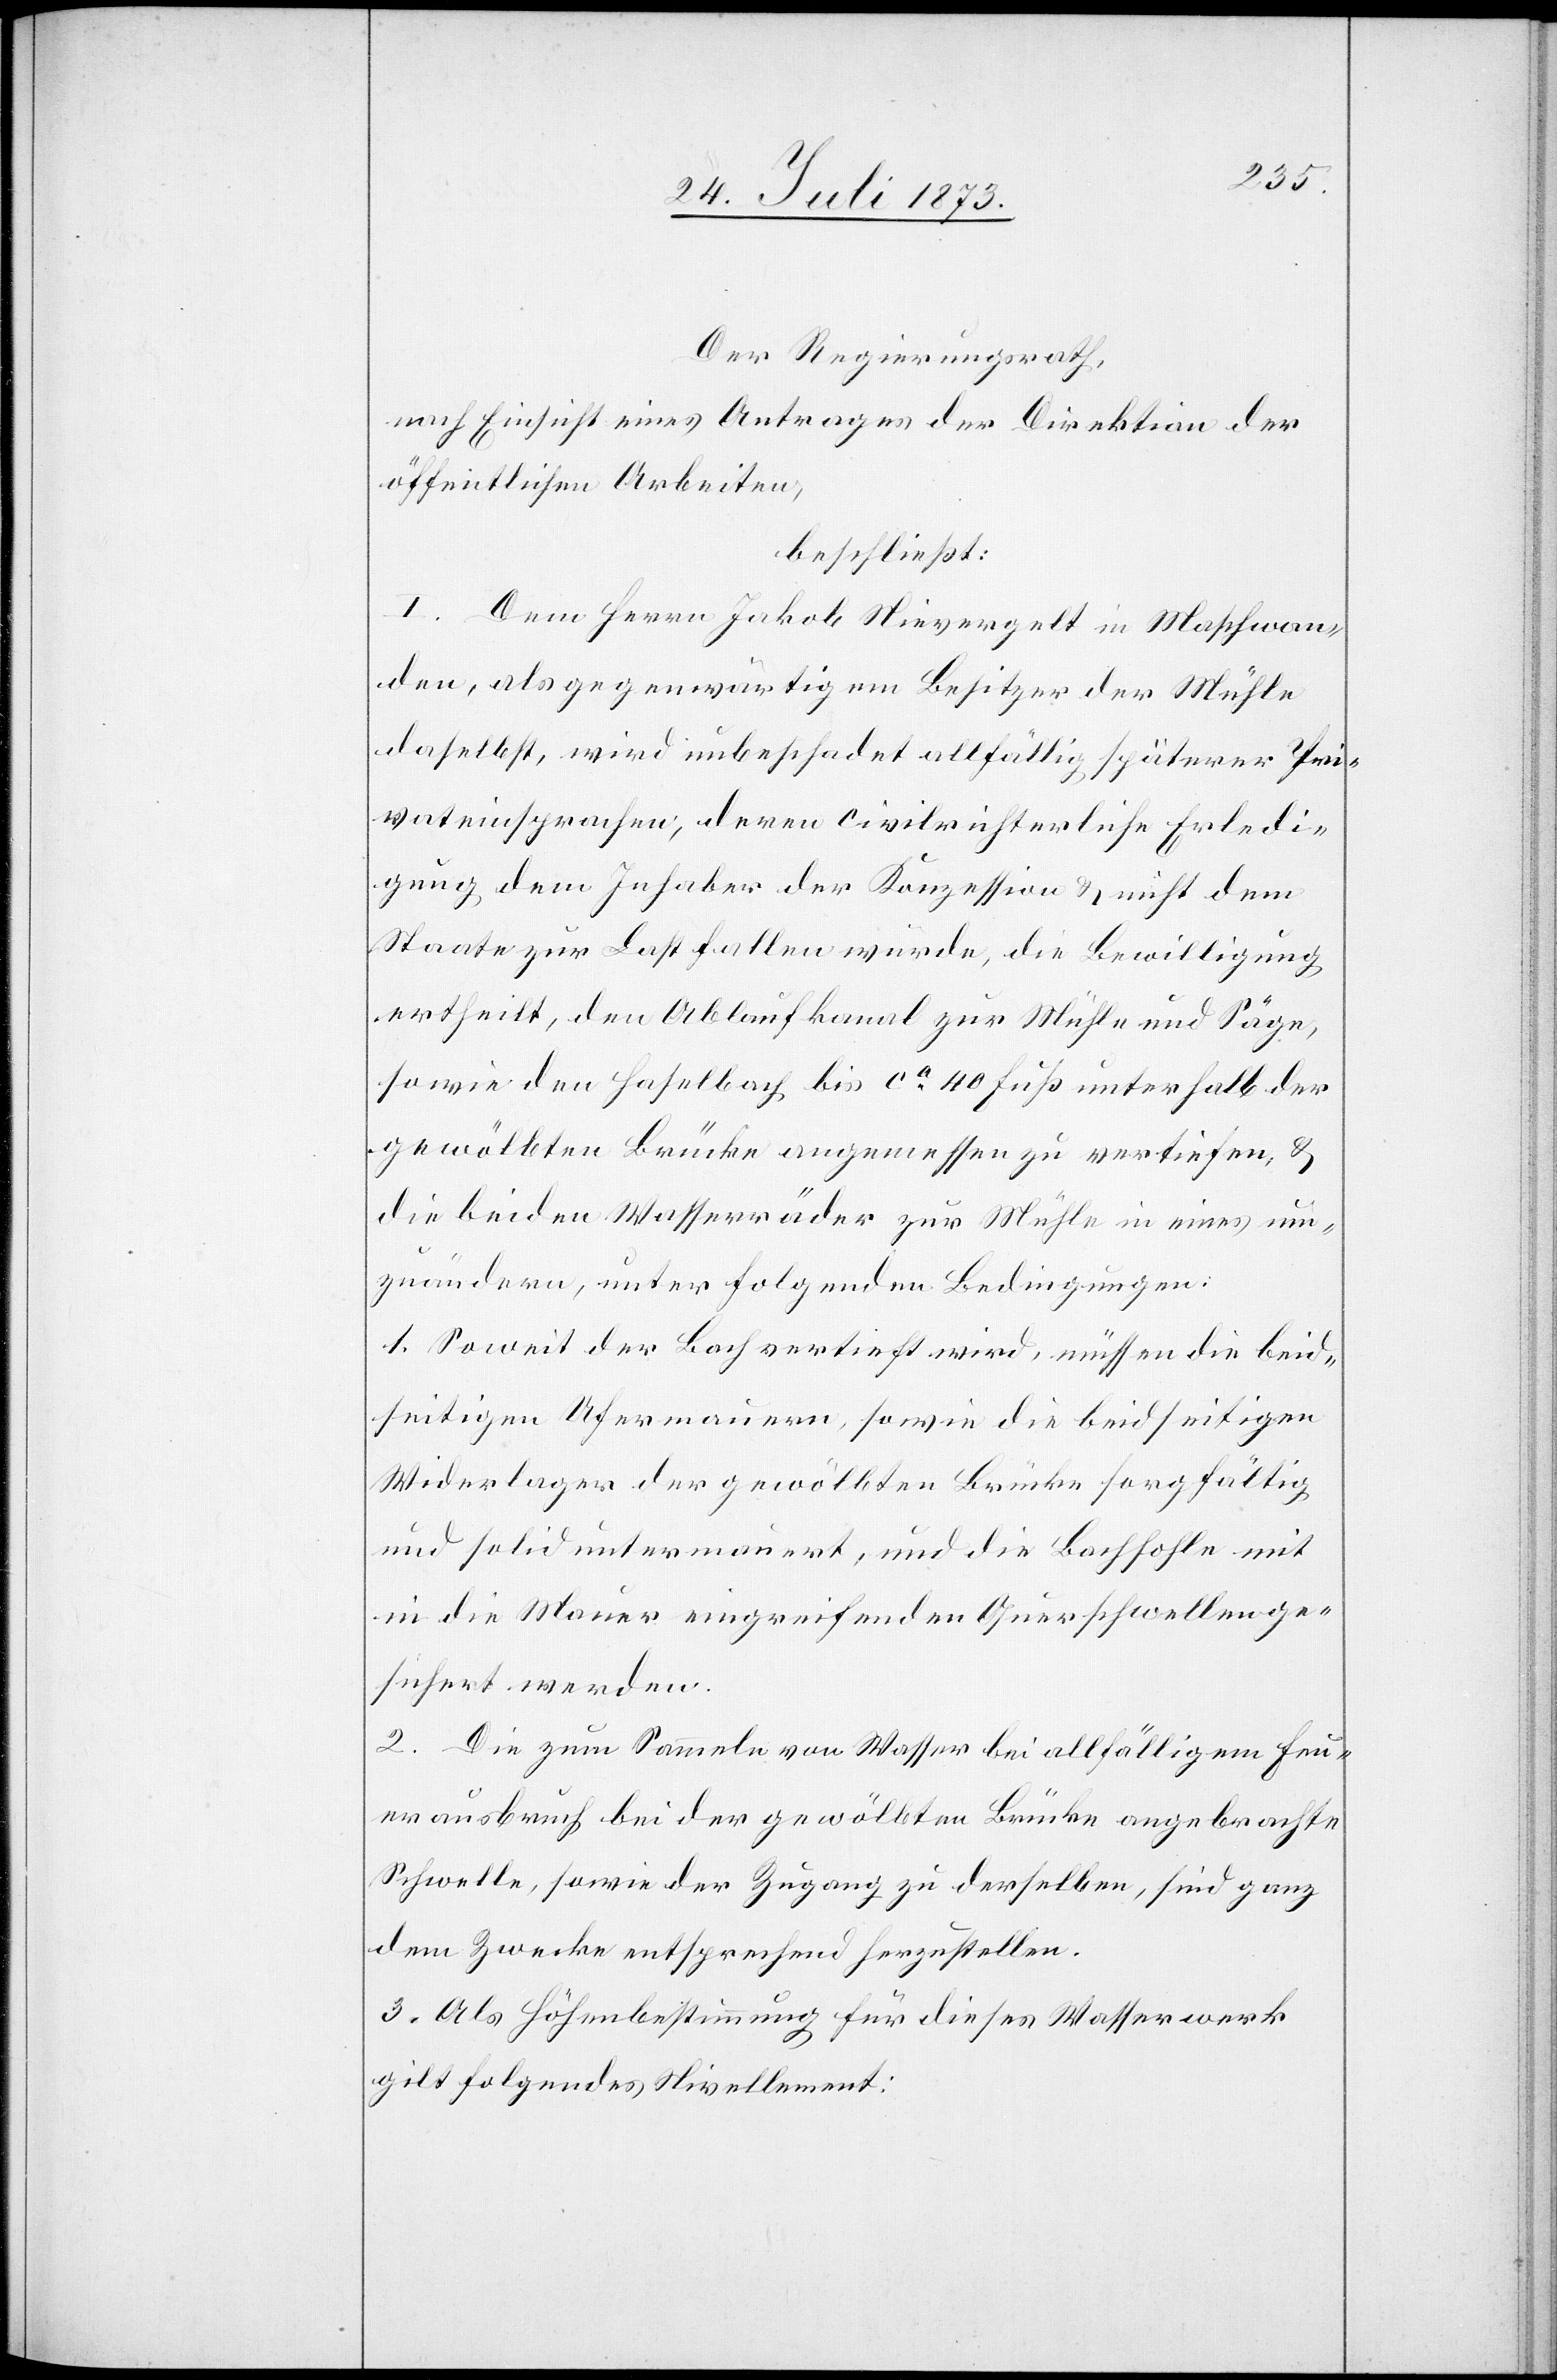
Der Regierungsrath,
nach Einsicht eines Antrages der Direktion der
öffentlichen Arbeiten,
beschließt:
I. Dem Herrn Jakob Nievergelt in Maschwan¬
den, als gegenwärtigem Besitzer der Mühle
daselbst, wird unbeschadet allfällig späterer Pri¬
vateinsprachen, deren civilrichterliche Erledi¬
gung dem Inhaber der Konzession & nicht dem
Staate zur Last fallen würde, die Bewilligung
ertheilt, den Ablaufkanal zur Mühle und Säge,
sowie den Haselbach bis ca 40 Fuß unterhalb der
gewölbten Brücke angemessen zu vertiefen, &
die beiden Wasserräder zur Mühle in eines um¬
zuändern, unter folgenden Bedingungen:
1. Soweit der Bach vertieft wird, müssen die beid¬
seitigen Ufermauern, sowie die beidseitigen
Widerlager der gewölbten Brücke sorgfältig
und solid untermauert, und die Bachsohle mit
in die Mauer eingreifenden Querschwellen ge¬
sichert werden.
2. Die zum Sammeln von Wasser bei allfälligem Feu¬
erausbruch bei der gewölbten Brücke angebrachte
Schwelle, sowie der Zugang zu derselben, sind ganz
dem Zwecke entsprechend herzustellen.
3. Als Höhenbestimmung für dieses Wasserwerk
gilt folgendes Nivellement: